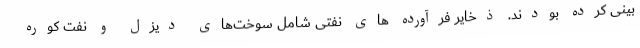
بینی کرده بودند. ذخایر فرآورده های نفتی شامل سوخت‌های دیزل و نفت کوره